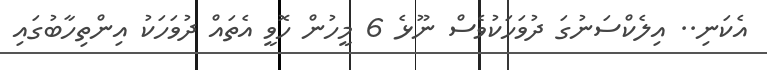
އެކަނި.. އިލެކްސަނުގަ ދުވަހަކުވެސް ނޫޅެ 6 މީހުން ހޮވީ އެތައް ދުވަހަކު އިންތިހާބުގައި